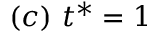
( c ) \ t ^ { * } = 1